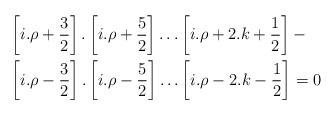
\begin{align*}&\left[i.\rho +\frac{3}{2}\right].\left[i.\rho +\frac{5}{2}\right]\ldots \left[i.\rho +2.k+\frac{1}{2}\right]-\\&\left[i.\rho -\frac{3}{2}\right].\left[i.\rho -\frac{5}{2}\right]\ldots \left[i.\rho -2.k-\frac{1}{2}\right]=0\end{align*}